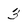
Character: 3